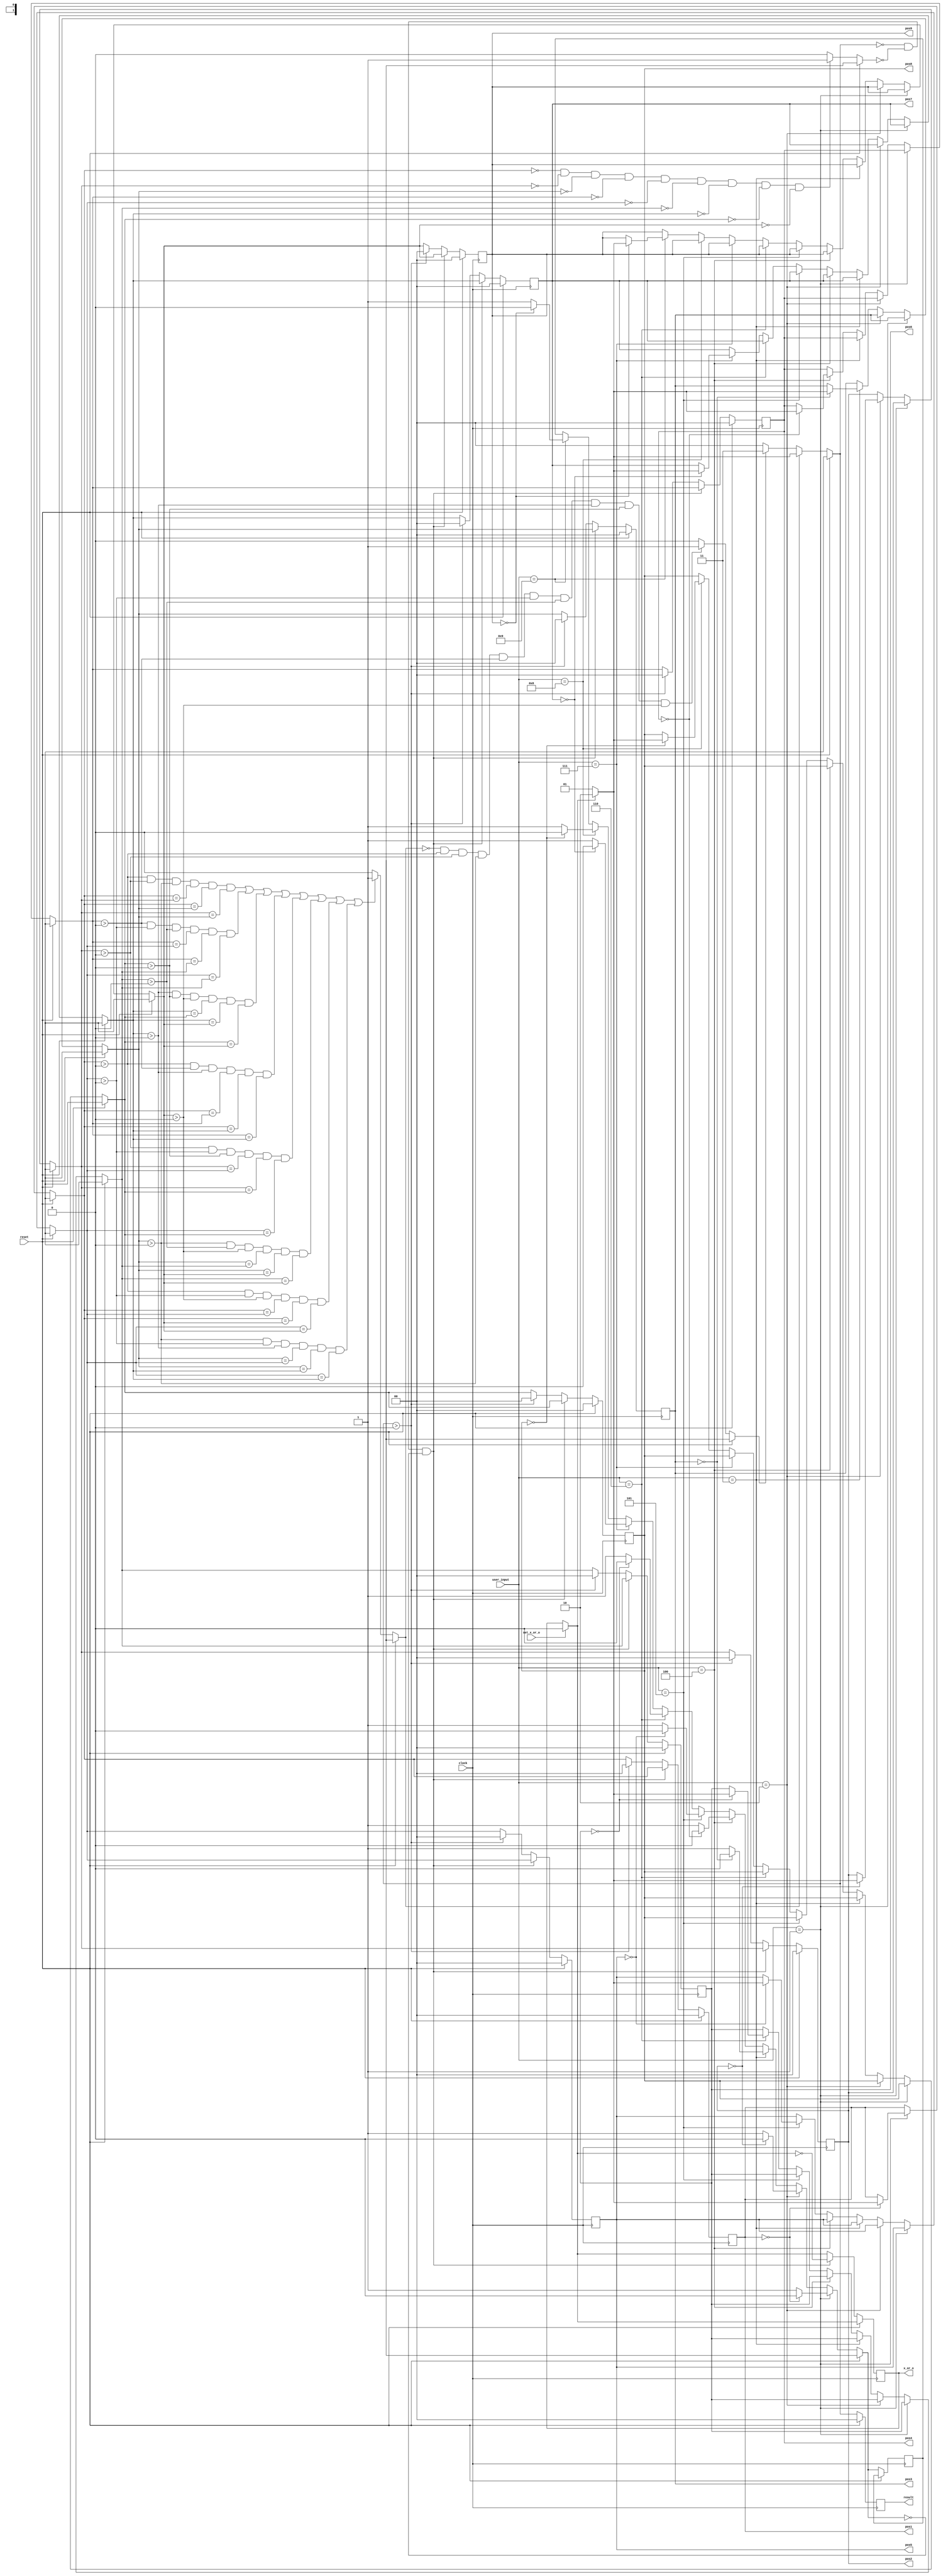
module tic_tac_toe_game(
    input [50:0] user_input,
    input clock,reset,
    input set_x_or_o,
    output reg [1:0] pos1,pos2,pos3,pos4,pos5,pos6,pos7,pos8,pos9,
    output reg [1:0] result,
    output reg x_or_o
    );

    reg repeated_input;
    reg win;
    reg no_space;
    reg all_empty;
    always @(posedge clock)
        begin
            if(result!=2'b00)
            begin
                result=2'b00;
            end
            if(set_x_or_o==1)
            begin
                x_or_o=0;
            end
            //reset the game (all_to_zero)
            if(reset ==1)
            begin
                no_space=0;
                win = 0;
                result=2'b00;
                pos1 = 2'b00;
                pos2 = 2'b00;
                pos3 = 2'b00;
                pos4 = 2'b00;
                pos5 = 2'b00;
                pos6 = 2'b00;
                pos7 = 2'b00;
                pos8 = 2'b00;
                pos9 = 2'b00;
            end
            //check input and write in position
            else
            begin
                if(user_input == 4'b0001)
                begin
                    if(pos1 == 2'b00)
                    begin
                        if(x_or_o==0)
                        begin
                            pos1=2'b01;
                        end
                        else
                        begin
                            pos1=2'b10;
                        end  
                        repeated_input=0; 
                    end
                    else
                    begin
                        repeated_input=1;
                    end
                end 
                
                else if(user_input == 4'b0010)
                begin
                    if(pos2 == 2'b00)
                    begin
                        if(x_or_o==0)
                        begin
                            pos2=2'b01;
                        end
                        else 
                        begin
                            pos2=2'b10;
                        end
                        repeated_input=0;
                    end
                    else
                    begin
                        repeated_input=1;
                    end
                end 
                
                else if(user_input == 4'b0011)
                begin
                    if(pos3 == 2'b00)
                    begin
                        if(x_or_o==0)
                        begin
                            pos3=2'b01;
                        end
                        else 
                        begin
                            pos3=2'b10;
                        end
                        repeated_input=0;
                    end
                    else
                    begin
                        repeated_input=1;
                    end
                end 
                
                else if(user_input == 4'b0100)
                begin
                    if(pos4 == 2'b00)
                    begin
                    if(x_or_o==0)
                        begin
                            pos4=2'b01;
                        end
                        else 
                        begin
                            pos4=2'b10;
                        end
                        repeated_input=0;
                    end
                    else
                    begin
                        repeated_input=1;
                    end
                end 
                
                else if(user_input == 4'b0101)
                begin
                    if(pos5 == 2'b00)
                    begin
                    if(x_or_o==0)
                        begin
                            pos5=2'b01;
                        end
                        else 
                        begin
                            pos5=2'b10;
                        end
                        repeated_input=0;
                    end
                    else
                    begin
                        repeated_input=1;
                    end
                end 
                
                else if(user_input == 4'b0110)
                begin
                    if(pos6 == 2'b00)
                    begin
                        if(x_or_o==0)
                        begin
                            pos6=2'b01;
                        end
                        else 
                        begin
                            pos6=2'b10;
                        end
                        repeated_input=0;
                    end
                    else
                    begin
                        repeated_input=1;
                    end
                end 
                
                else if(user_input == 4'b0111)
                begin
                    if(pos7 == 2'b00)
                    begin
                        if(x_or_o==0)
                        begin
                            pos7=2'b01;
                        end
                        else 
                        begin
                            pos7=2'b10;
                        end
                        repeated_input=0;
                    end
                    else
                    begin
                        repeated_input=1;
                    end
                end 
                
                else if(user_input == 4'b1000)
                begin
                    if(pos8 == 2'b00)
                    begin
                        if(x_or_o==0)
                        begin
                            pos8=2'b01;
                        end
                        else 
                        begin
                            pos8=2'b10;
                        end
                        repeated_input=0;
                    end
                    else
                    begin
                        repeated_input=1;
                    end
                end 
                
                else if(user_input == 4'b1001)
                begin
                    if(pos9 == 2'b00)
                    begin
                        if(x_or_o==0)
                        begin
                            pos9=2'b01;
                        end
                        else 
                        begin
                            pos9=2'b10;
                        end
                        repeated_input=0;
                    end
                    else
                    begin
                        repeated_input=1;
                    end
                end

                //winner checker
                if( (pos1 > 2'b00 && pos2 > 2'b00 && pos3 > 2'b00 && pos1 == pos2 && pos1 == pos3 && pos2 == pos3) ||
                    (pos4 > 2'b00 && pos5 > 2'b00 && pos6 > 2'b00 && pos4 == pos5 && pos4 == pos6 && pos5 == pos6) ||
                    (pos7 > 2'b00 && pos8 > 2'b00 && pos9 > 2'b00 && pos7 == pos8 && pos7 == pos9 && pos8 == pos9) ||
                    (pos1 > 2'b00 && pos4 > 2'b00 && pos7 > 2'b00 && pos1 == pos4 && pos1 == pos7 && pos4 == pos7) ||
                    (pos2 > 2'b00 && pos5 > 2'b00 && pos8 > 2'b00 && pos2 == pos5 && pos2 == pos8 && pos5 == pos8) ||
                    (pos3 > 2'b00 && pos6 > 2'b00 && pos9 > 2'b00 && pos3 == pos6 && pos3 == pos9 && pos6 == pos9) ||
                    (pos1 > 2'b00 && pos5 > 2'b00 && pos9 > 2'b00 && pos1 == pos5 && pos1 == pos9 && pos5 == pos9) ||
                    (pos3 > 2'b00 && pos5 > 2'b00 && pos7 > 2'b00 && pos3 == pos5 && pos3 == pos7 && pos5 == pos7))
                begin
                win = 1;
                end
                else
                begin
                win = 0;
                end
                
                //no_space checker
                if((win==0) && (pos1 > 2'b00) && (pos2 > 2'b00) && (pos3 > 2'b00) && (pos4 > 2'b00) && (pos5 > 2'b00) && (pos6 > 2'b00) && (pos7 > 2'b00)
                && (pos8 > 2'b00) && (pos9 > 2'b00))
                begin
                    no_space = 1;
                end
                
                else
                begin
                    no_space = 0;
                end

                //calculate result
                if(win==1)
                begin
                    if(x_or_o==0)
                    begin
                        result=2'b01;
                    end
                    else
                    begin
                        result=2'b10;
                    end
                end
                else if(no_space==1)
                begin
                    result=2'b11;
                end
                else
                begin
                    result=2'b00;
                end

                //are all positions empty?
                if(pos1==2'b00 && pos2==2'b00 &&
                 pos3==2'b00 && pos4==2'b00 &&
                  pos5==2'b00 && pos6==2'b00 &&
                   pos7==2'b00 && pos8==2'b00 &&
                    pos9==2'b00 )
                begin
                    all_empty=1;
                end
                else
                begin
                    all_empty=0;
                end
                //calculate nex_move
                if(result==2'b00 && all_empty==0 && repeated_input==0)
                begin
                    x_or_o=~x_or_o;
                end
                else if (result>2'b00)
                begin
                    no_space=0;
                    win = 0;
                    pos1 = 2'b00;
                    pos2 = 2'b00;
                    pos3 = 2'b00;
                    pos4 = 2'b00;
                    pos5 = 2'b00;
                    pos6 = 2'b00;
                    pos7 = 2'b00;
                    pos8 = 2'b00;
                    pos9 = 2'b00;
                end
             
            end
        end


endmodule